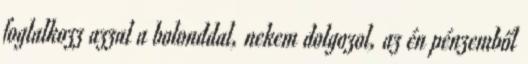
foglalkozz azzal a bolonddal, nekem dolgozol, az én pénzemből